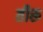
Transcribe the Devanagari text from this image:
तीरू